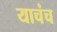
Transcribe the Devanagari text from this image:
याचंच